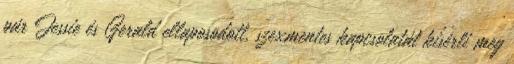
pár Jessie és Gerald ellaposodott, szexmentes kapcsolatát kísérli meg